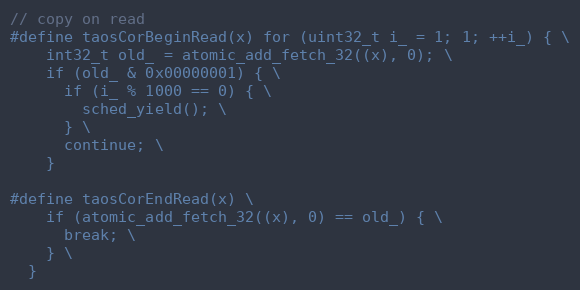
Language: C
// copy on read
#define taosCorBeginRead(x) for (uint32_t i_ = 1; 1; ++i_) { \
    int32_t old_ = atomic_add_fetch_32((x), 0); \
    if (old_ & 0x00000001) { \
      if (i_ % 1000 == 0) { \
        sched_yield(); \
      } \
      continue; \
    }

#define taosCorEndRead(x) \
    if (atomic_add_fetch_32((x), 0) == old_) { \
      break; \
    } \
  }